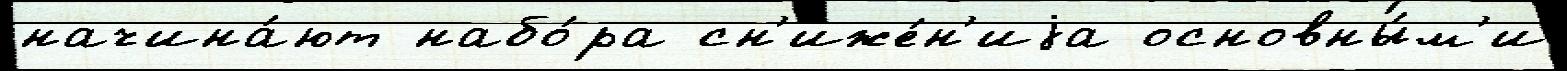
начина́ют набо́ра сн'иже́н'иjа основны́м'и